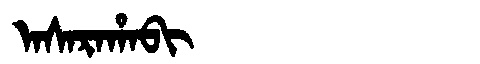
Manchu: ᠠᠰᠠᡵᠠᡥᠠᠪᡳ
Romanization: ASARAHABI